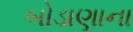
બોડાણાના